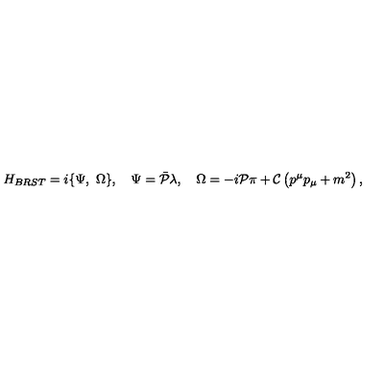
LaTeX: { H } _ { B R S T } = i \{ { \Psi } , \ { \Omega } \} , \quad { \Psi } = { { \bar { \cal P } } } { \lambda } , \quad { \Omega } = - i { { \cal P } } { \pi } + { { \cal C } } \left( p ^ { \mu } p _ { \mu } + m ^ { 2 } \right) ,